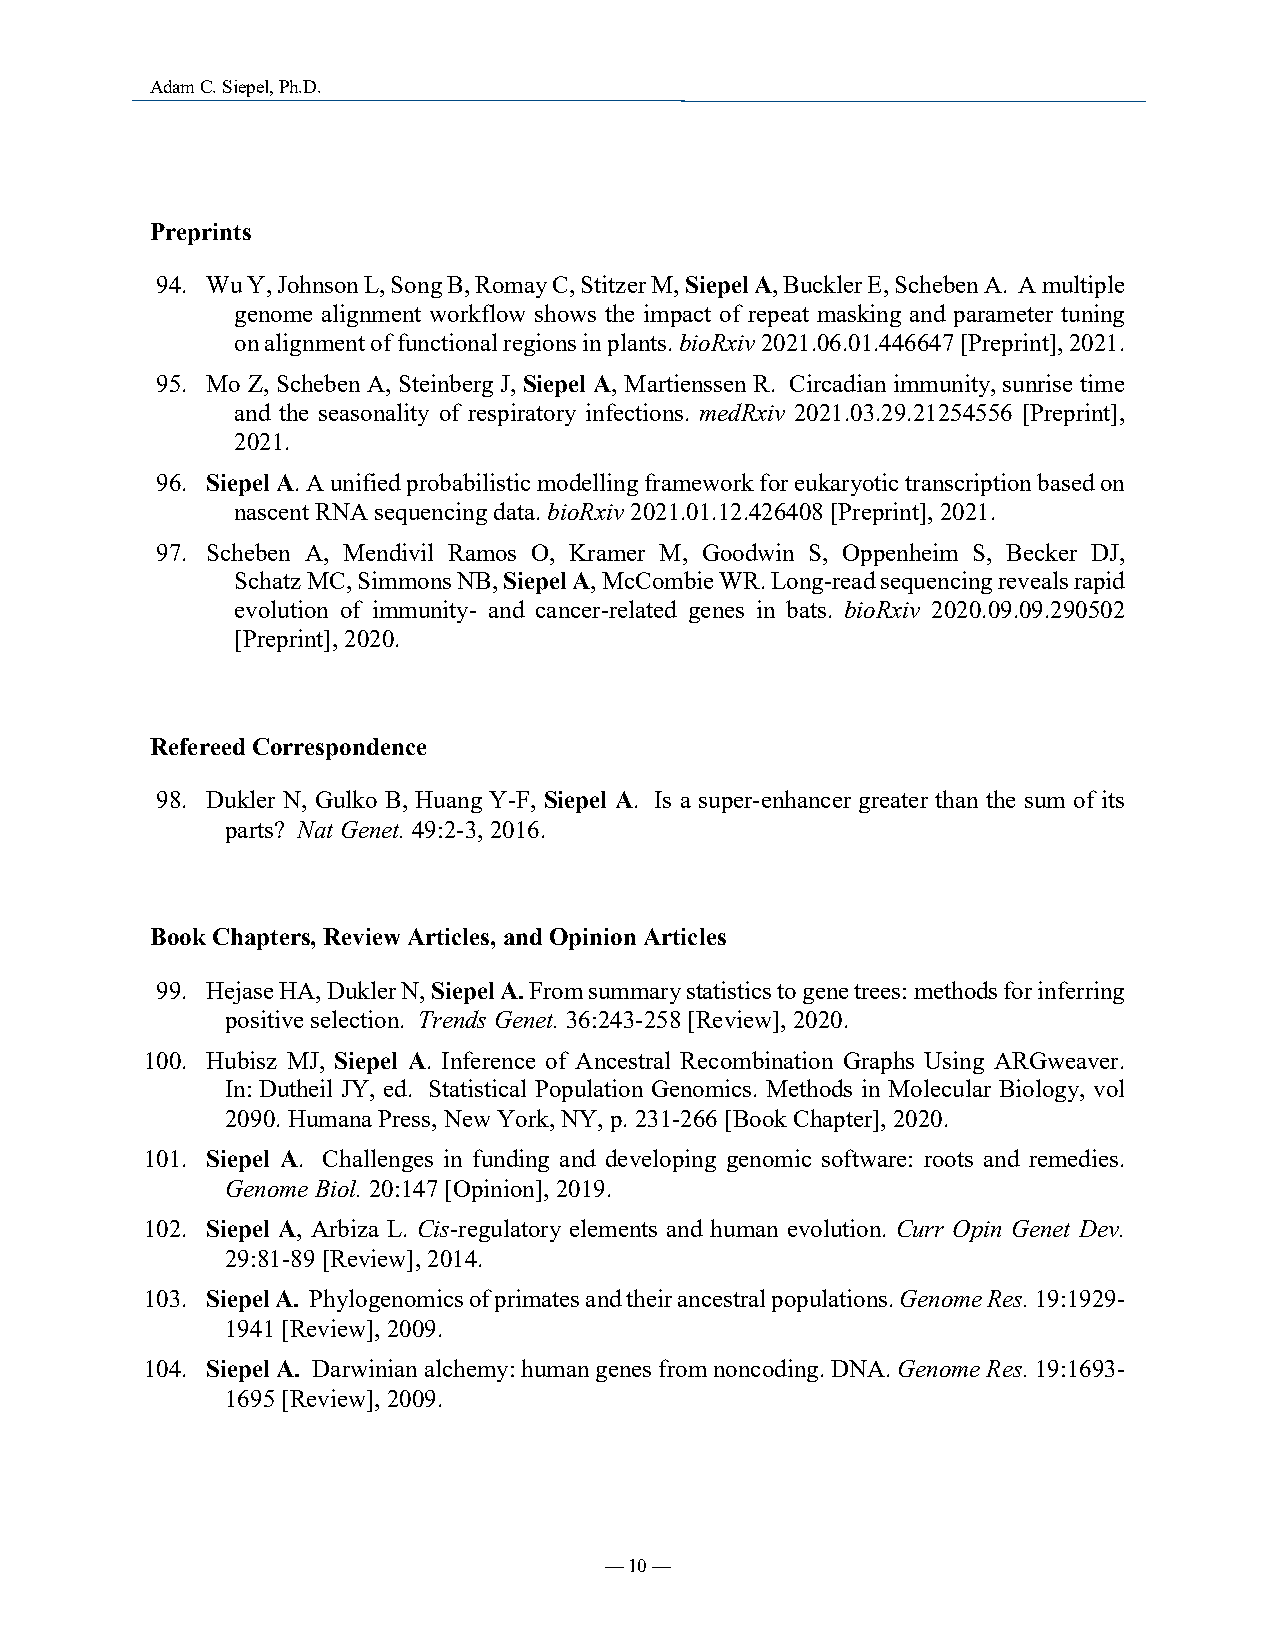
Adam C. Siepel, Ph.D.
 Preprints
 94. Wu Y, Johnson L, Song B, Romay C, Stitzer M, Siepel A, Buckler E, Scheben A. A multiple
 genome alignment workflow shows the impact of repeat masking and parameter tuning
 on alignment of functional regions in plants. bioRxiv 2021.06.01.446647 [Preprint], 2021.
 95. Mo Z, Scheben A, Steinberg J, Siepel A, Martienssen R. Circadian immunity, sunrise time
 and the seasonality of respiratory infections. medRxiv 2021.03.29.21254556 [Preprint],
 2021.
 96. Siepel A. A unified probabilistic modelling framework for eukaryotic transcription based on
 nascent RNA sequencing data. bioRxiv 2021.01.12.426408 [Preprint], 2021.
 97. Scheben A, Mendivil Ramos O, Kramer M, Goodwin S, Oppenheim S, Becker DJ,
 Schatz MC, Simmons NB, Siepel A, McCombie WR. Long-read sequencing reveals rapid
 evolution of immunity- and cancer-related genes in bats. bioRxiv 2020.09.09.290502
 [Preprint], 2020.
 Refereed Correspondence
 98. Dukler N, Gulko B, Huang Y-F, Siepel A. Is a super-enhancer greater than the sum of its
 parts? Nat Genet. 49:2-3, 2016.
 Book Chapters, Review Articles, and Opinion Articles
 99. Hejase HA, Dukler N, Siepel A. From summary statistics to gene trees: methods for inferring
 positive selection. Trends Genet. 36:243-258 [Review], 2020.
 100. Hubisz MJ, Siepel A. Inference of Ancestral Recombination Graphs Using ARGweaver.
 In: Dutheil JY, ed. Statistical Population Genomics. Methods in Molecular Biology, vol
 2090. Humana Press, New York, NY, p. 231-266 [Book Chapter], 2020.
 101. Siepel A. Challenges in funding and developing genomic software: roots and remedies.
 Genome Biol. 20:147 [Opinion], 2019.
 102. Siepel A, Arbiza L. Cis-regulatory elements and human evolution. Curr Opin Genet Dev.
 29:81-89 [Review], 2014.
 103. Siepel A. Phylogenomics of primates and their ancestral populations. Genome Res. 19:1929-
 1941 [Review], 2009.
 104. Siepel A. Darwinian alchemy: human genes from noncoding. DNA. Genome Res. 19:1693-
 1695 [Review], 2009.
 — 10 —